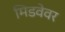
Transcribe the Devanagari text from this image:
मिडवेवर